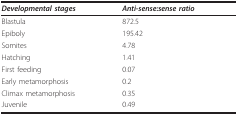
| Developmental stages | Anti-sense:sense ratio |
 | --- | --- |
 | Blastula | 872.5 |
 | Epiboly | 195.42 |
 | Somites | 4.78 |
 | Hatching | 1.41 |
 | First feeding | 0.07 |
 | Early metamorphosis | 0.2 |
 | Climax metamorphosis | 0.35 |
 | Juvenile | 0.49 |